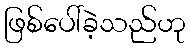
ဖြစ်ပေါ်ခဲ့သည်ဟု